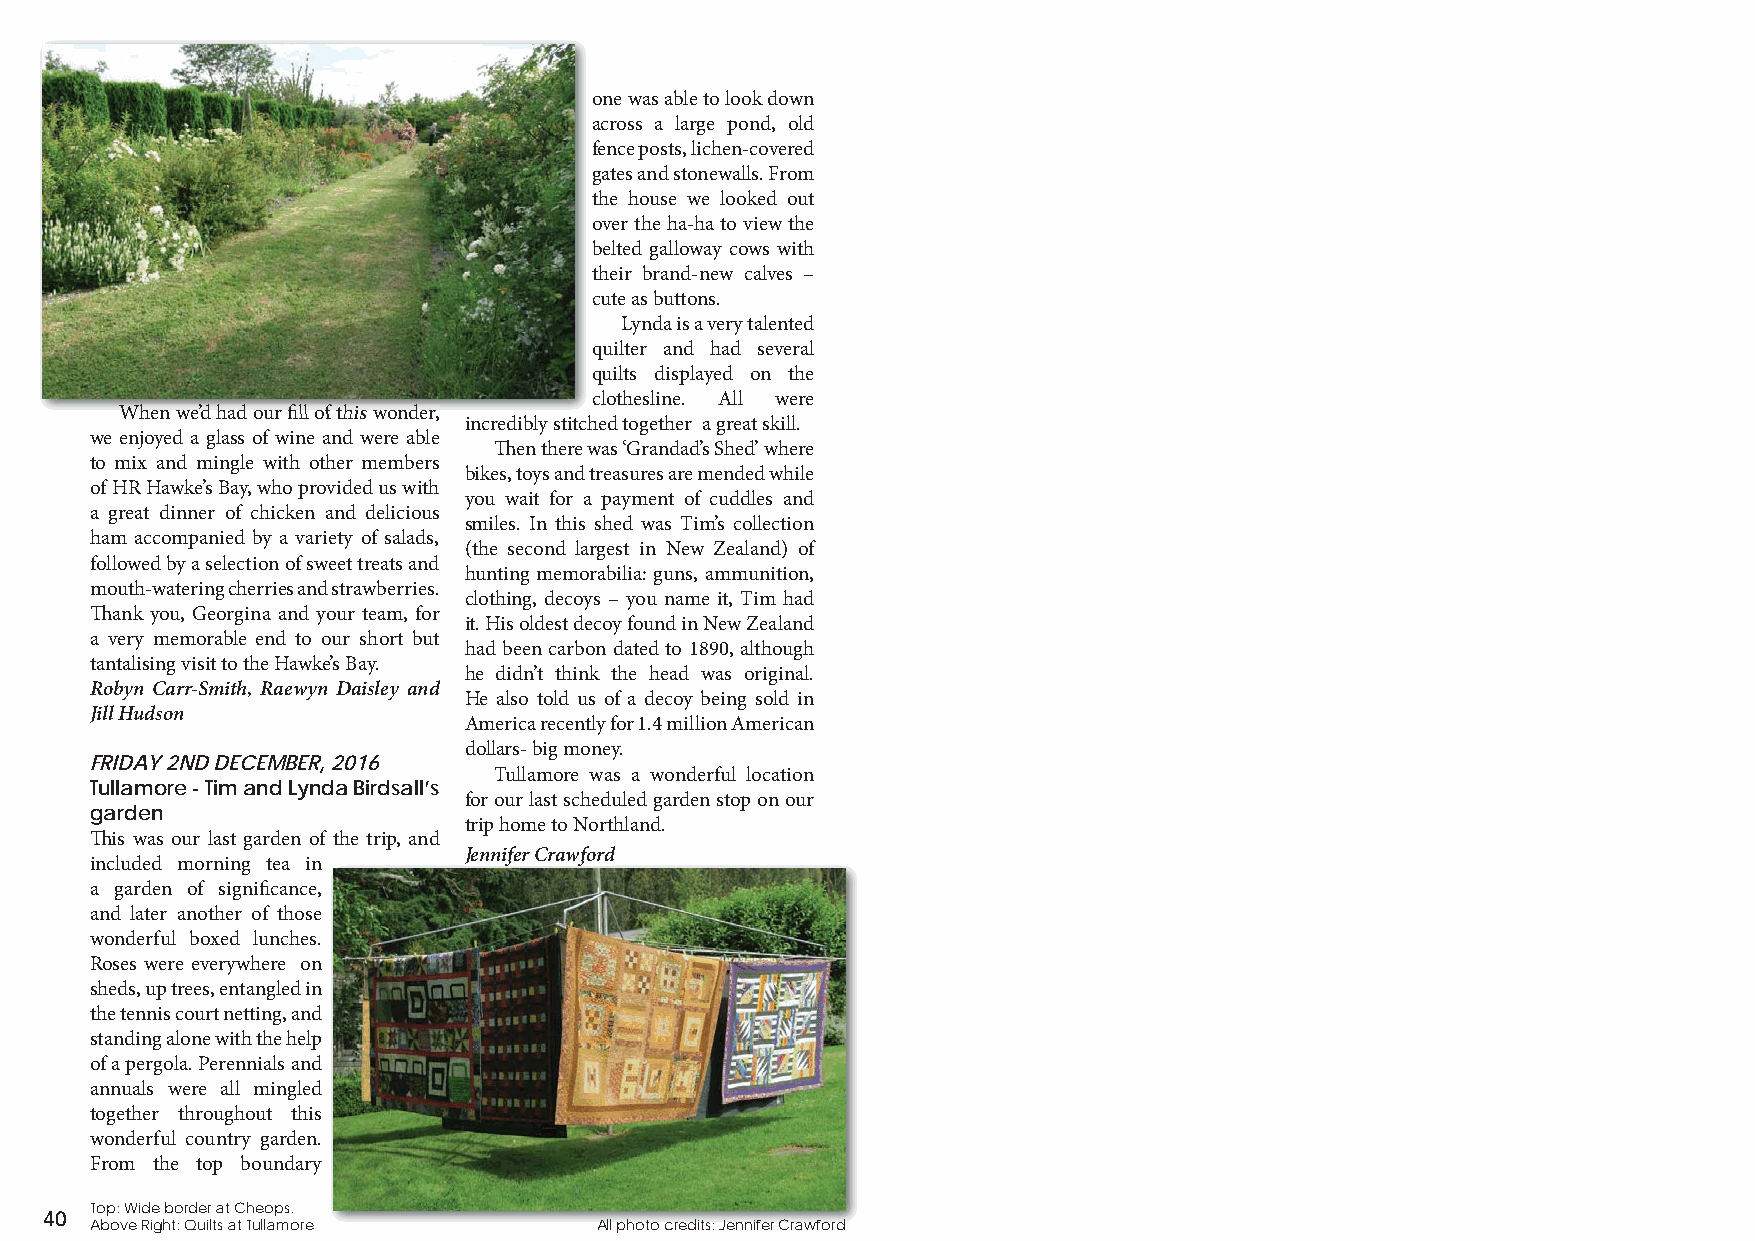
one was able to look down
 across a large pond, old
 fence posts, lichen-covered
 gates and stonewalls. From
 the house we looked out
 over the ha-ha to view the
 belted galloway cows with
 their brand-new calves –
 cute as buttons.
 Lynda is a very talented
 quilter and had several
 quilts displayed on the
 clothesline. All were
 WWhheenn wwee’’dd hhaadd oouurr fifi llll ooff tthhiiss wwoonnddeerr,
 incredibly stitched together a great skill.
 we enjoyed a glass of wine and were able
 Th en there was ‘Grandad’s Shed’ where
 to mix and mingle with other members
 bikes, toys and treasures are mended while
 of HR Hawke’s Bay, who provided us with
 you wait for a payment of cuddles and
 a great dinner of chicken and delicious
 smiles. In this shed was Tim’s collection
 ham accompanied by a variety of salads,
 (the second largest in New Zealand) of
 followed by a selection of sweet treats and
 hunting memorabilia: guns, ammunition,
 mouth-watering cherries and strawberries.
 clothing, decoys – you name it, Tim had
 Th ank you, Georgina and your team, for
 it. His oldest decoy found in New Zealand
 a very memorable end to our short but
 had been carbon dated to 1890, although
 tantalising visit to the Hawke’s Bay.
 he didn’t think the head was original.
 Robyn Carr-Smith, Raewyn Daisley and
 He also told us of a decoy being sold in
 Jill Hudson
 America recently for 1.4 million American
 dollars- big money.
 FRIDAY 2ND DECEMBER, 2016
 Tullamore was a wonderful location
 Tullamore - Tim and Lynda Birdsall’s
 for our last scheduled garden stop on our
 garden
 trip home to Northland.
 Th is was our last garden of the trip, and
 JJenniffer Crawfford
 included morning tea in
 a garden of signifi cance,
 and later another of those
 wonderful boxed lunches.
 Roses were everywhere on
 sheds, up trees, entangled in
 the tennis court netting, and
 standing alone with the help
 of a pergola. Perennials and
 annuals were all mingled
 together throughout this
 wonderful country garden.
 From the top boundary
 Top: Wide border at Cheops.
 40
 Above Right: Quilts at Tullamore All photo credits: Jennifer Crawford